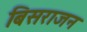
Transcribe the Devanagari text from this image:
बिसराजन